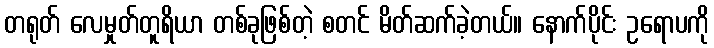
တရုတ် လေမှုတ်တူရိယာ တစ်ခုဖြစ်တဲ့ စတင် မိတ်ဆက်ခဲ့တယ်။ နောက်ပိုင်း ဥရောပကို